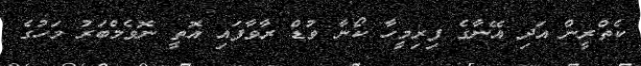
ކެތްރީން އަދި އޭނާގެ ފިރިމީހާ ކޯނާ ވުޑް ރާވާފައި އޮތީ ނޮވެމްބަރު މަހުގެ